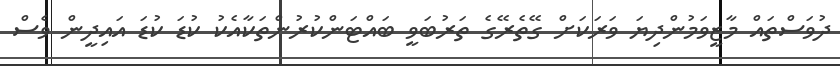
ދުވަސްތައް މާޒީވަމުންދިޔަ ވަރަކަށް ގޭތެރޭގެ ތަރުބަވީ ބައްޓަންކުރުންތަކާއެކު ކުޑަ ކުޑަ އައިދީން ވެސް